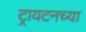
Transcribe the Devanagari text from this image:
ट्रायटनच्या